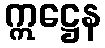
ဣဋ္ဌေန